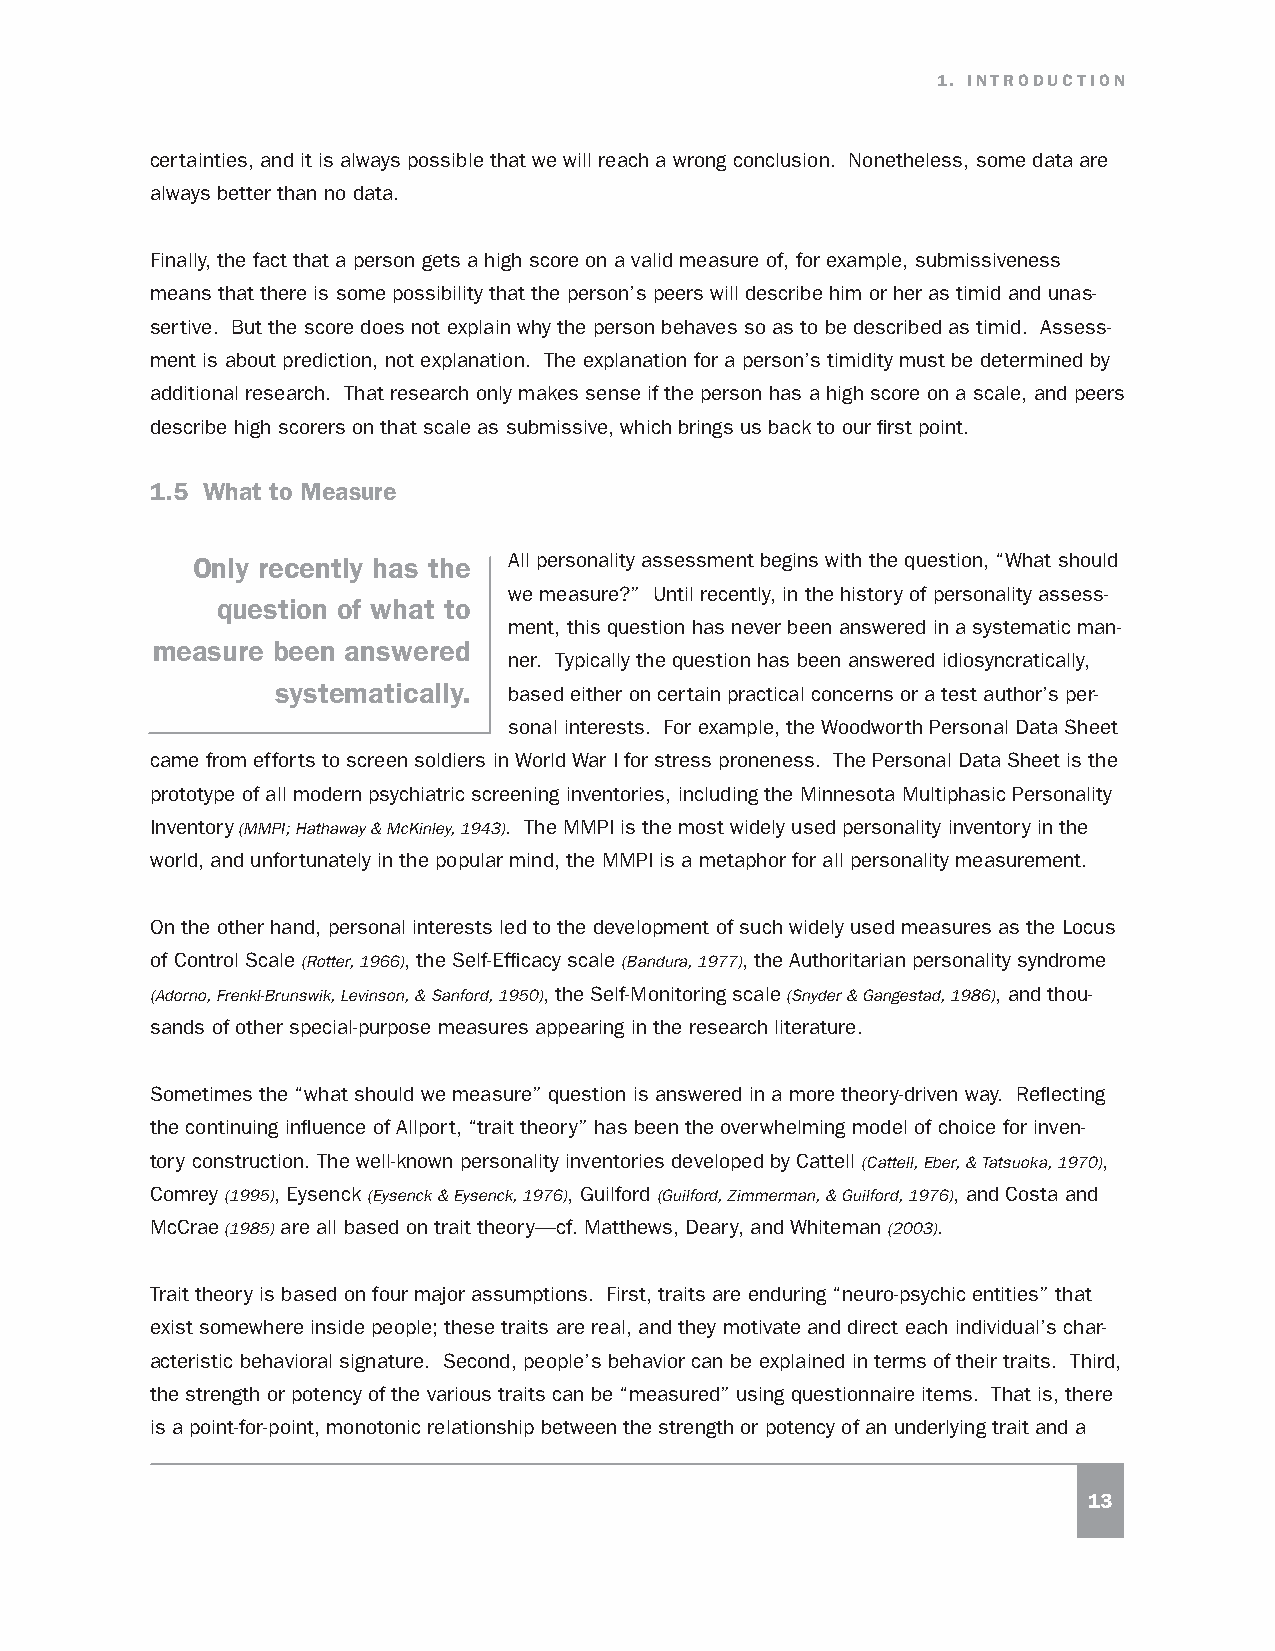
1. INTRODUCTION
 certainties, and it is always possible that we will reach a wrong conclusion. Nonetheless, some data are
 always better than no data.
 Finally, the fact that a person gets a high score on a valid measure of, for example, submissiveness
 means that there is some possibility that the person’s peers will describe him or her as timid and unas-
 sertive. But the score does not explain why the person behaves so as to be described as timid. Assess-
 ment is about prediction, not explanation. The explanation for a person’s timidity must be determined by
 additional research. That research only makes sense if the person has a high score on a scale, and peers
 describe high scorers on that scale as submissive, which brings us back to our first point.
 1.5 What to Measure
 Only recently has the All personality assessment begins with the question, “What should
 we measure?” Until recently, in the history of personality assess-
 question of what to
 ment, this question has never been answered in a systematic man-
 measure been answered
 ner. Typically the question has been answered idiosyncratically,
 systematically. based either on certain practical concerns or a test author’s per-
 sonal interests. For example, the Woodworth Personal Data Sheet
 came from efforts to screen soldiers in World War I for stress proneness. The Personal Data Sheet is the
 prototype of all modern psychiatric screening inventories, including the Minnesota Multiphasic Personality
 Inventory (MMPI; Hathaway & McKinley, 1943). The MMPI is the most widely used personality inventory in the
 world, and unfortunately in the popular mind, the MMPI is a metaphor for all personality measurement.
 On the other hand, personal interests led to the development of such widely used measures as the Locus
 of Control Scale (Rotter, 1966), the Self-Efficacy scale (Bandura, 1977), the Authoritarian personality syndrome
 (Adorno, Frenkl-Brunswik, Levinson, & Sanford, 1950), the Self-Monitoring scale (Snyder & Gangestad, 1986), and thou-
 sands of other special-purpose measures appearing in the research literature.
 Sometimes the “what should we measure” question is answered in a more theory-driven way. Reflecting
 the continuing influence of Allport, “trait theory” has been the overwhelming model of choice for inven-
 tory construction. The well-known personality inventories developed by Cattell (Cattell, Eber, & Tatsuoka, 1970),
 Comrey (1995), Eysenck (Eysenck & Eysenck, 1976), Guilford (Guilford, Zimmerman, & Guilford, 1976), and Costa and
 McCrae (1985) are all based on trait theory—cf. Matthews, Deary, and Whiteman (2003).
 Trait theory is based on four major assumptions. First, traits are enduring “neuro-psychic entities” that
 exist somewhere inside people; these traits are real, and they motivate and direct each individual’s char-
 acteristic behavioral signature. Second, people’s behavior can be explained in terms of their traits. Third,
 the strength or potency of the various traits can be “measured” using questionnaire items. That is, there
 is a point-for-point, monotonic relationship between the strength or potency of an underlying trait and a
 13